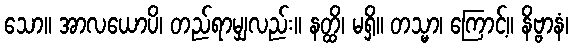
သော။ အာလယောပိ၊ တည်ရာမျှလည်း။ နတ္ထိ၊ မရှိ။ တသ္မာ၊ ကြောင့်။ နိဗ္ဗာနံ၊